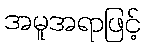
အမူအရာဖြင့်